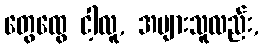
တွေထွေ ငါ့လူ, အများသူလည်း,